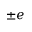
\pm e